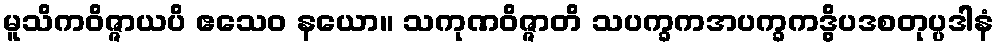
မူသိကဝိဇ္ဇာယပိ ဧသေဝ နယော။ သကုဏဝိဇ္ဇာတိ သပက္ခကအပက္ခကဒွိပဒစတုပ္ပဒါနံ